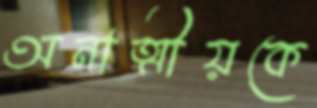
অনাত্মীয়কে